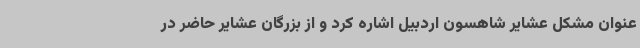
عنوان مشکل عشایر شاهسون اردبیل اشاره کرد و از بزرگان عشایر حاضر در